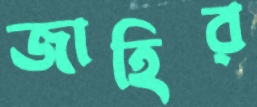
জাহির